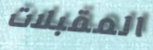
المقبلات